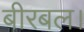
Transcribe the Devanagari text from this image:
बीरबल।